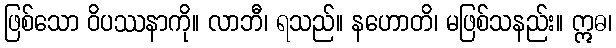
ဖြစ်သော ဝိပဿနာကို။ လာဘီ၊ ရသည်။ နဟောတိ၊ မဖြစ်သနည်း။ ဣဓ၊